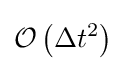
{\mathcal {O}}\left(\Delta t^{2}\right)